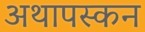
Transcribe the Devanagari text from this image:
अथापस्कन